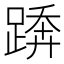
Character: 𨃦